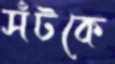
সঁটকে